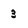
Character: 3